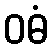
ဝဓံ